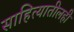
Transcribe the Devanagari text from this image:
साहित्यातीलही